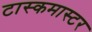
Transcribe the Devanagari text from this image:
टास्कमास्टर